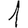
Digit: 1